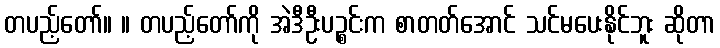
တပည့်တော်။ ။ တပည့်တော်ကို အဲဒီဦးပဉ္စင်းက စာတတ်အောင် သင်မပေးနိုင်ဘူး ဆိုတာ